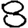
Digit: 8